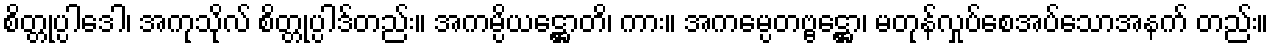
စိတ္တုပ္ပါဒေါ၊ အကုသိုလ် စိတ္တုပ္ပါဒ်တည်း။ အကမ္ပိယဋ္ဌောတိ၊ ကား။ အကမ္ပေတဗ္ဗဋ္ဌော၊ မတုန်လှုပ်စေအပ်သောအနက် တည်း။